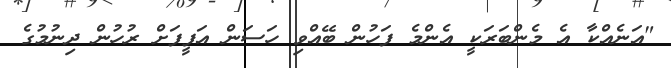
"އަނެއްކާ އެ މެންބަރަކީ އެންމެ ފަހުން ބޭއްވި ހަސަން އަފީފަށް ރުހުން ދިނުމުގެ